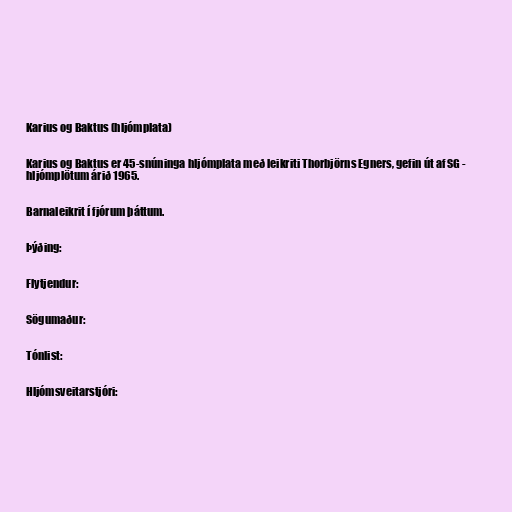
Karius og Baktus (hljómplata)

Karius og Baktus er 45-snúninga hljómplata með leikriti Thorbjörns Egners, gefin út af SG -
hljómplötum árið 1965.

Barnaleikrit í fjórum þáttum.

Þýðing:

Flytjendur:

Sögumaður:

Tónlist:

Hljómsveitarstjóri: